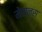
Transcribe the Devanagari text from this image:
मेसन्स